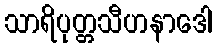
သာရိပုတ္တသီဟနာဒေါ